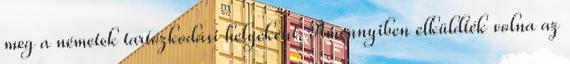
meg a németek tartózkodási helyeként. Amennyiben elküldték volna az